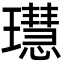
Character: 𤪳